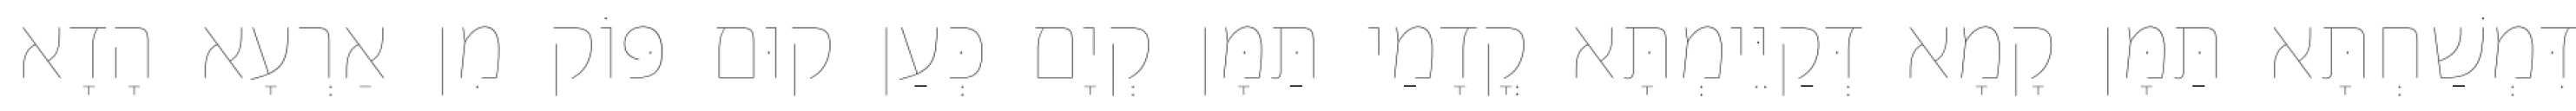
דִּמְשַׁחְתָּא תַּמָּן קָמָא דְּקַיֵּימְתָּא קֳדָמַי תַּמָּן קְיָם כְּעַן קוּם פּוֹק מִן אַרְעָא הָדָא